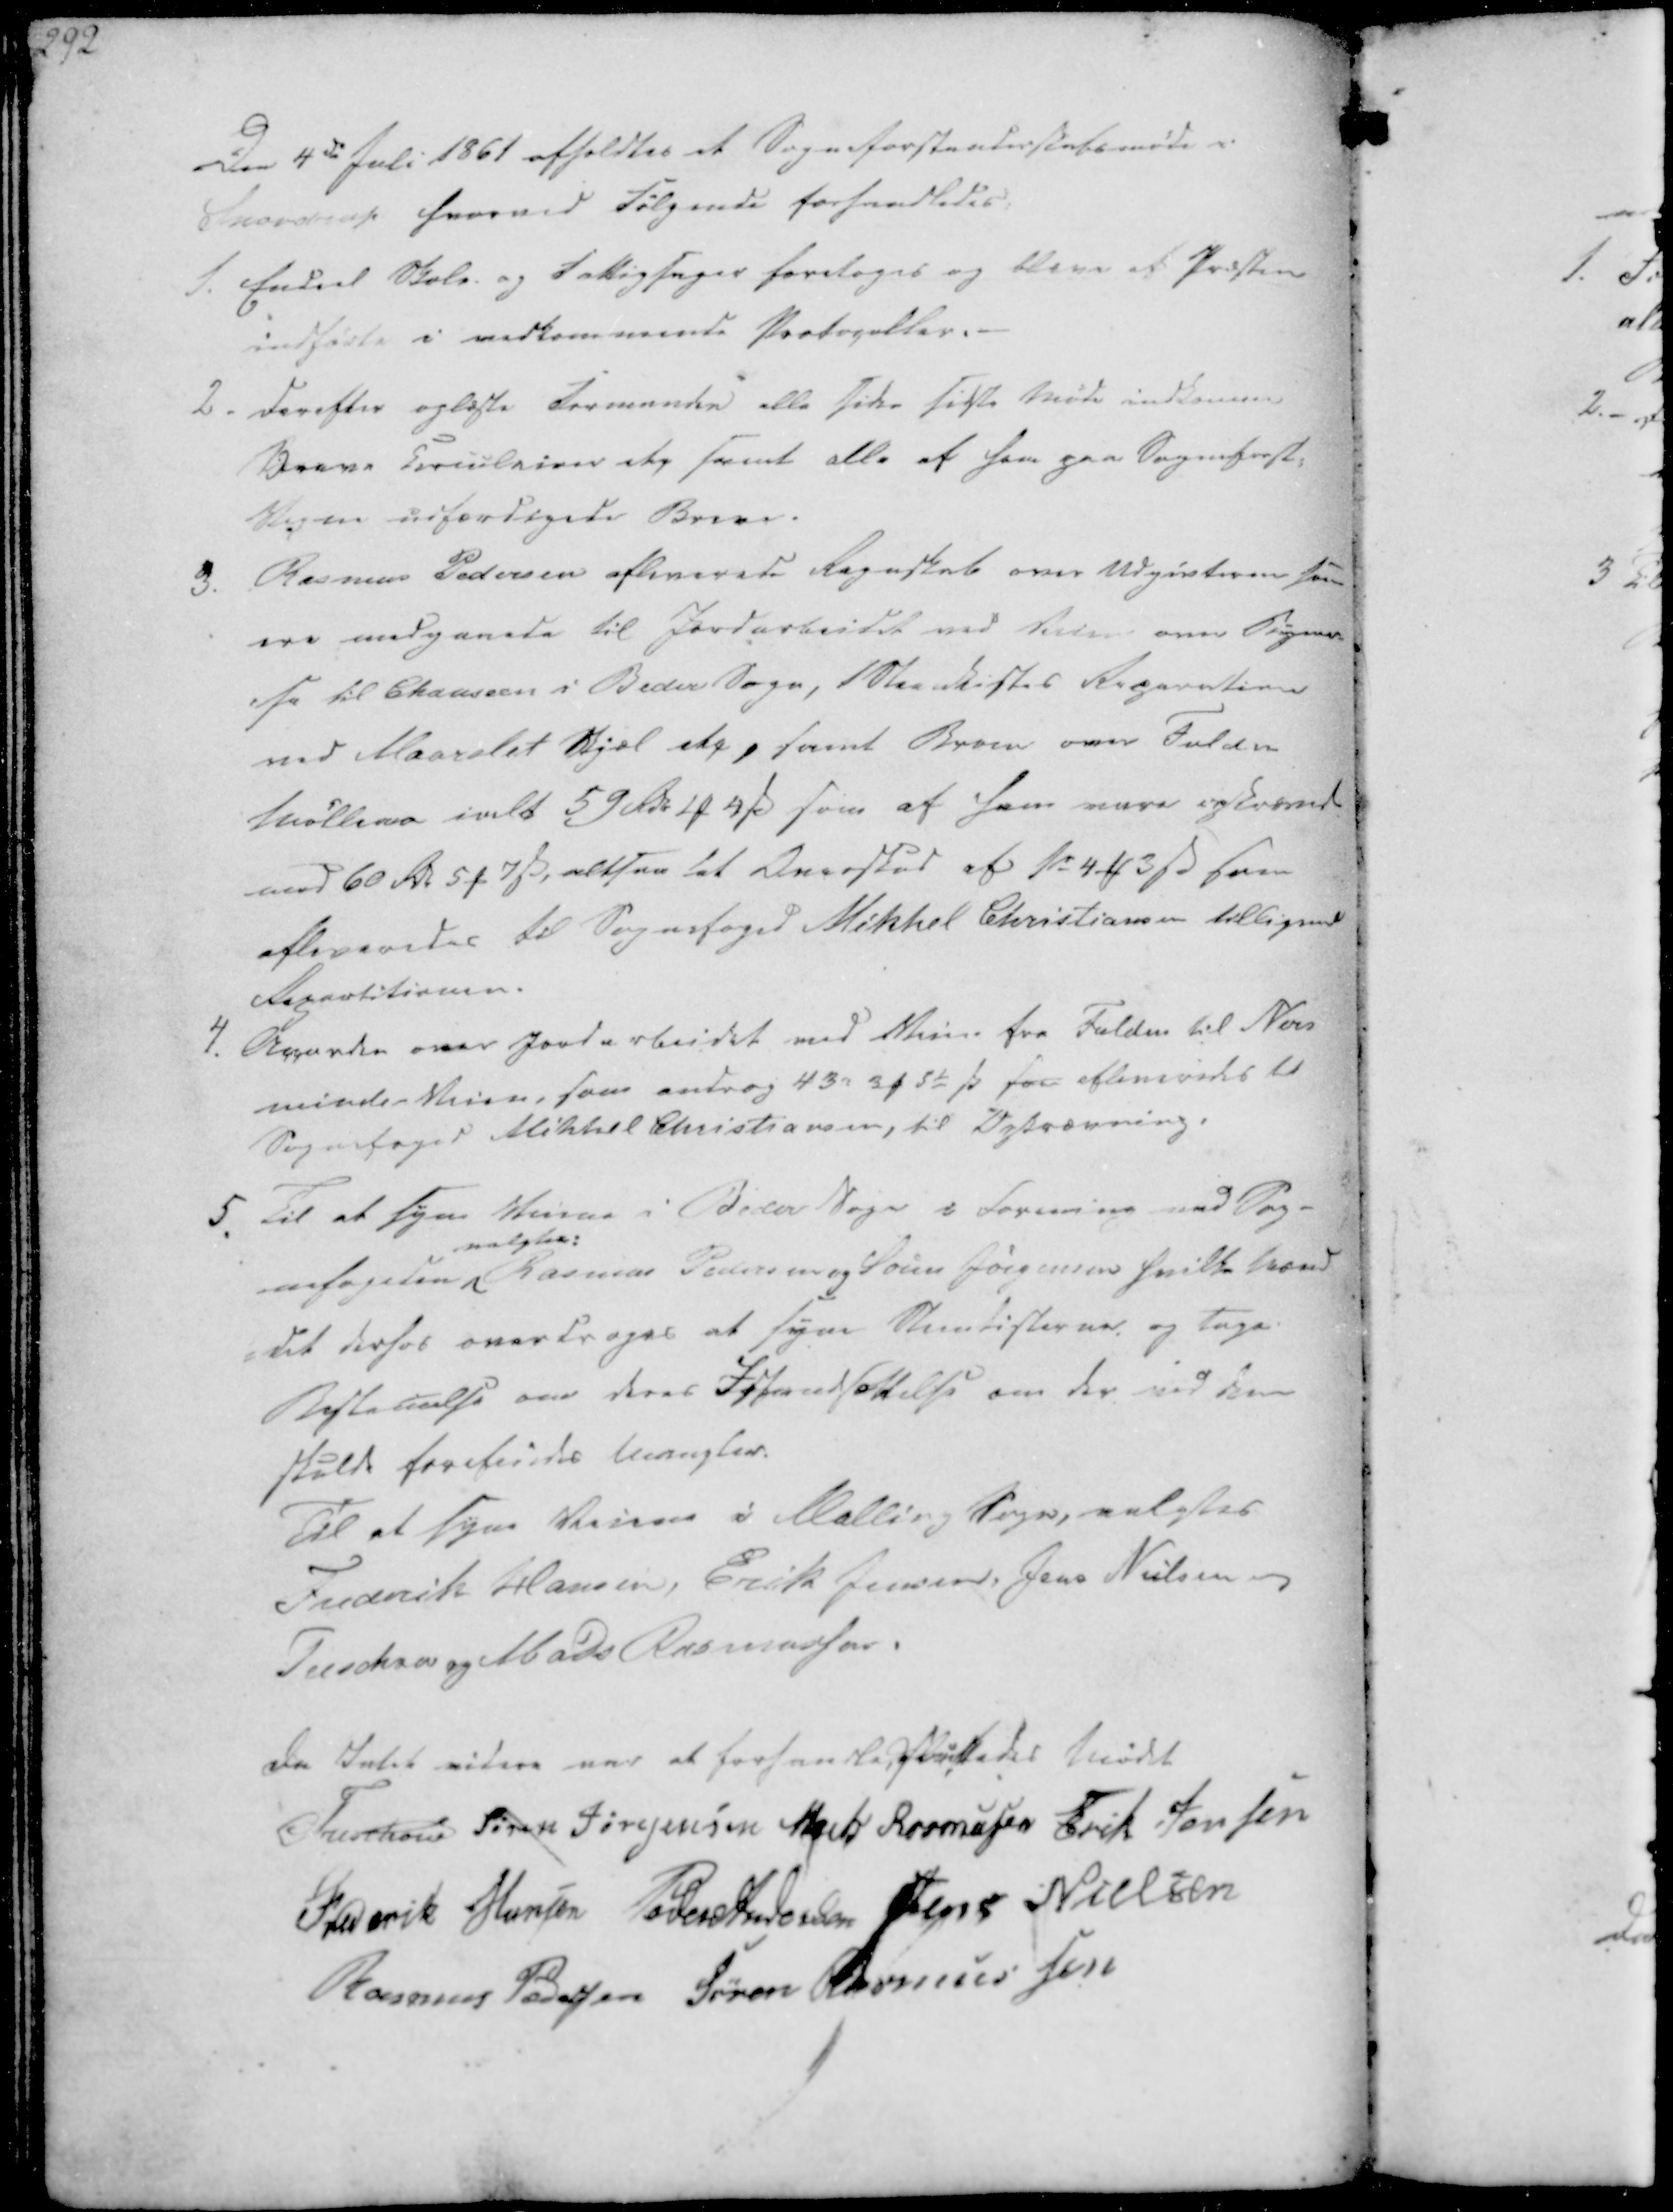
Transskription:
Den 4de Juli 1861 afholdtes et Sogneforstanderskabsmøde i
Snovdrup hvorved følgende forhandledes:

1. Endeel Skole- og Fattigsager foretoges og bleve af Præsten
indførte i vedkommende Protocoller.
2. Derefter oplæste Formanden alle siden sidste Møde indkomne
Breve Circulairer etc samt alle af ham paa Sogneforst.
Vegne udfærdigede Breve.

3. Rasmus Pedersen afleverede Regnskab over Udgivterne som
ere indgaaede til Jordarbeidet ved Veien over Signer-
-se til Chausseen i Beder Sogn, 1 Steenkistes Reparation
ved Maarslet Skjæl etc, samt Broen over Fulden
Mølleraa ialt 59 Rdl 2 ₻ 4 ẞ som af ham vare opkrævede
med 60 Rdl 5 ₻ 7 ẞ, altsaa let Overskud af 1 r 4 ₻ 3 ẞ som
afleveredes til Sognefoged Mikkel Christiansen tilligemed
Repartitionen.
4. Accorden over Jordarbeidet ved Veien fra Fulden til Nors
minde-Veien, som androg 43 rd 3 ₻ 5⅟ ẞ som afleveredes til
Sognefoged Mikkel Christiansen, til Opkrævning.

5. Til at syne Veiene i Beder Sogn i Forening med Sog-
nefogeden
valgtes:
Rasmus Pedersen og Søren Jørgensen hvilke trænd
-det derhos overdroges at syne Stenkisterne, og tage
Bestemelse om deres Istandsættelse om der ved dem
skulde forefindes mangler.
Til at syne Veiene i Malling Sogn, valgtes
Frederik Hansen, Erik Jensen, Jens Nielsen,
Treschov og Mads Rasmussen.

Da Intet videre var at forhandle sluttedes Mødet
Treschov
Søren Jørgensen
Mads Rasmussen
Erik Jensen
Frederik Hansen
Peder Andersen
Jens Nielsen
Rasmus Pedersen
Søren Rasmussen